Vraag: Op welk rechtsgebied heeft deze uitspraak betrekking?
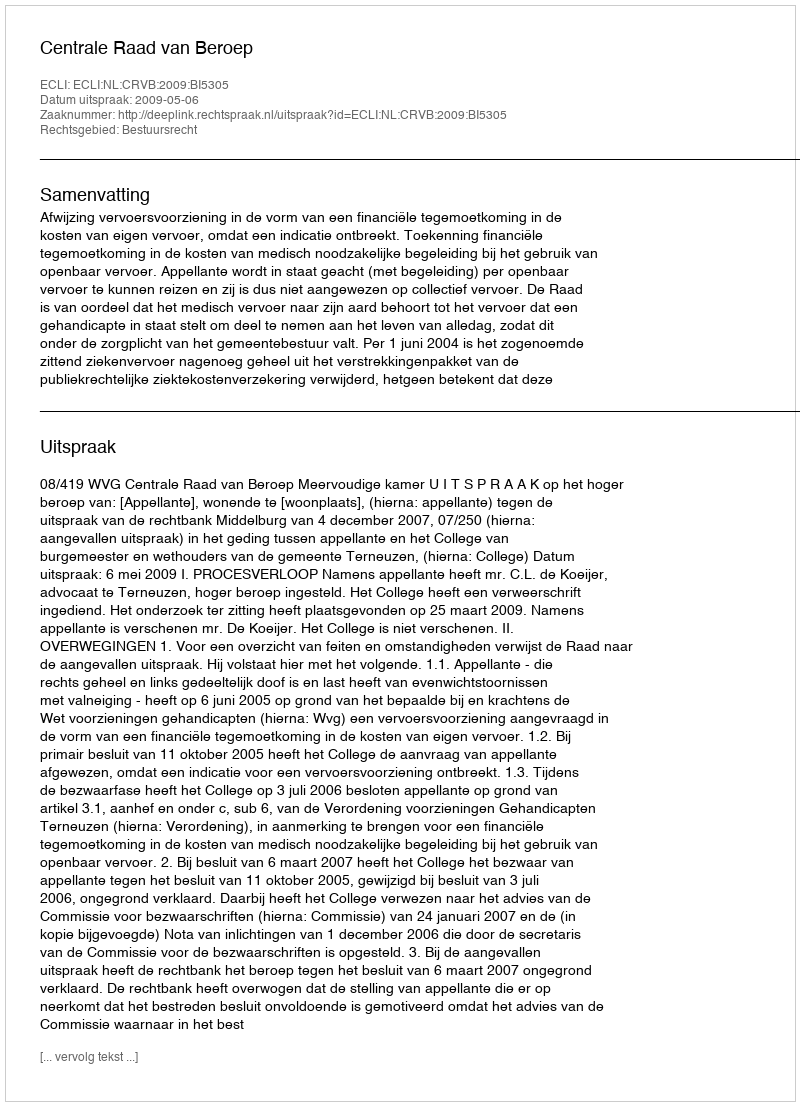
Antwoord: Bestuursrecht